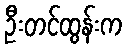
ဦးတင်ထွန်းက